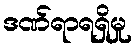
ဒဏ်ရာရရှိမှု